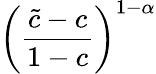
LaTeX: \left(\frac{\tilde{c}-c}{1-c}\right)^{1-\alpha}